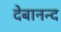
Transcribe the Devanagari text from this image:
देबानन्द